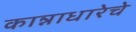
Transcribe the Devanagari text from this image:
कान्नाधारेचे